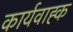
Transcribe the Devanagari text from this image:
कार्यवाह्क